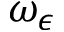
\omega _ { \epsilon }